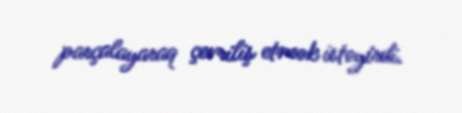
parçalayaraq çevriliş etmək istəyirdi.